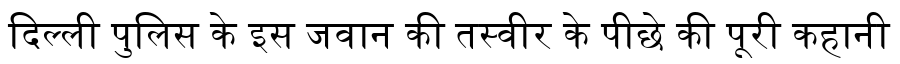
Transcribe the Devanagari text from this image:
दिल्ली पुलिस के इस जवान की तस्वीर के पीछे की पूरी कहानी